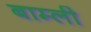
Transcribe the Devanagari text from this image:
बाम्ली